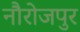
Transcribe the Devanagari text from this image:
नौरोजपुर